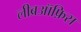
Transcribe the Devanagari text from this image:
लीब्रऑफ़िस